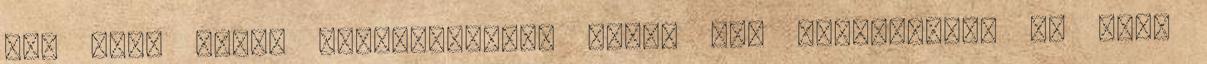
RTL Klub saját valóságshow-t ajánl fel Alekosznak, ha vége